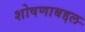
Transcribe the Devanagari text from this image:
शोषणाबद्दल